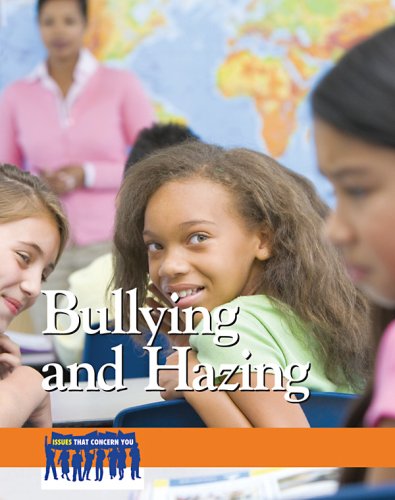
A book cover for Bullying and Hazing (Issues That Concern You); Jill Hamilton; Teen & Young Adult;